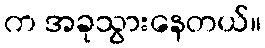
က အခုသွားနေတယ်။